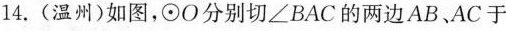
14.(温州)如图，⊙O分别切∠BAC的两边AB、AC于